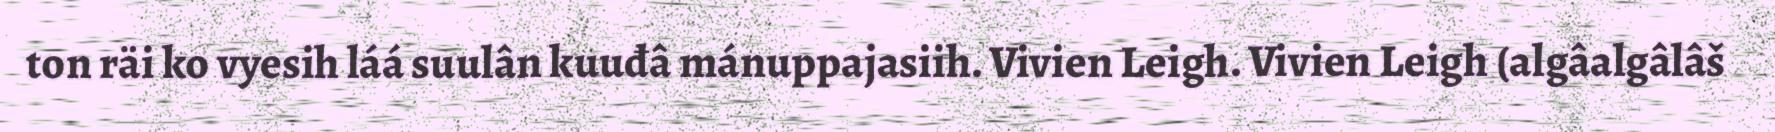
ton räi ko vyesih láá suulân kuuđâ mánuppajasiih. Vivien Leigh. Vivien Leigh (algâalgâlâš